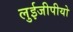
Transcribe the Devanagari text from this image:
लुईजीपीयो